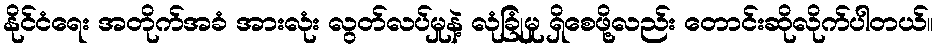
နိုင်ငံရေး အတိုက်အခံ အားလုံး လွတ်လပ်မှုနဲ့ လုံခြုံမှု ရှိစေဖို့လည်း တောင်းဆိုလိုက်ပါတယ်။